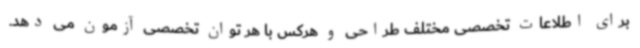
برای اطلاعات تخصصی مختلف طراحی و هرکس با هر توان تخصصی آزمون می دهد.